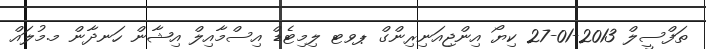
ތަފްސީލް 2013-01-27 ކިޔޯ އިންޖިއަނިރިންގް ޕވޓ ލިމިޓެޑް އިސްމާއިލް އިޝާން ހަނދާން މ.މުލައް